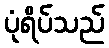
ပုံရိပ်သည်